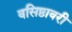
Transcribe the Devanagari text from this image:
वसिष्ठावरी